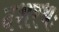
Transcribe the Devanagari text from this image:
दशरथः